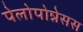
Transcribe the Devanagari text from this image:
पेलोपोन्नेसस